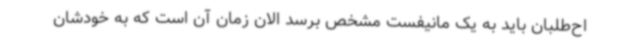
اح‌طلبان باید به یک مانیفست مشخص برسد الان زمان آن است که به خودشان